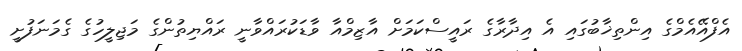
އެފްއޭއެމްގެ އިންތިޚާބުގައި އެ އިދާރާގެ ރައީސްކަމަށް އާޒިމްއާ ވާޑަކުރައްވާނީ ރައްޔިތުންގެ މަޖިލީހުގެ ގެމަނަފުށީ